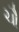
ચૌ